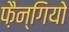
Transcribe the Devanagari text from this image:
फ़ैन्गियो